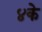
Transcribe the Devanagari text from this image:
४के